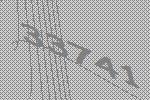
33741